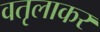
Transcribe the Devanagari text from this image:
वतृलाकर